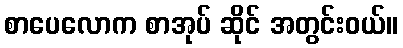
စာပေလောက စာအုပ် ဆိုင် အတွင်းဝယ်။